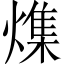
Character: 𪹯